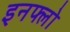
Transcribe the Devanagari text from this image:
इनफ्लो